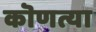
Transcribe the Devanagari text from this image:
कॊणत्या